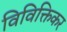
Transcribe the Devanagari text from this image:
विविक्तिकर